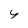
Character: y